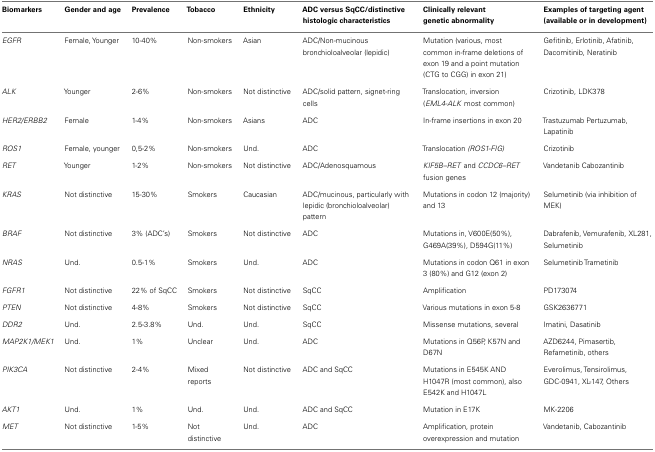
<table><thead><tr><td><b>Biomarkers</b></td><td><b>Gender and age</b></td><td><b>Prevalence</b></td><td><b>Tobacco</b></td><td><b>Ethnicity</b></td><td><b>ADC versus SqCC/distinctive histologic characteristics</b></td><td><b>Clinically relevant genetic abnormality</b></td><td><b>Examples of targeting agent (available or in development)</b></td></tr></thead><tbody><tr><td><i>EGFR</i></td><td>Female, Younger</td><td>10-40%</td><td>Non-smokers</td><td>Asian</td><td>ADC/Non-mucinous bronchioloalveolar (lepidic)</td><td>Mutation (various, most common in-frame deletions of exon 19 and a point mutation (CTG to CGG) in exon 21)</td><td>Gefitinib, Erlotinib, Afatinib, Dacomitinib, Neratinib</td></tr><tr><td><i>ALK</i></td><td>Younger</td><td>2-6%</td><td>Non-smokers</td><td>Not distinctive</td><td>ADC/solid pattern, signet-ring cells</td><td>Translocation, inversion (<i>EML4-ALK</i> most common)</td><td>Crizotinib, LDK378</td></tr><tr><td><i>HER2/ERBB2</i></td><td>Female</td><td>1-4%</td><td>Non-smokers</td><td>Asians</td><td>ADC</td><td>In-frame insertions in exon 20</td><td>Trastuzumab Pertuzumab, Lapatinib</td></tr><tr><td><i>ROS1</i></td><td>Female, younger</td><td>0,5-2%</td><td>Non-smokers</td><td>Und.</td><td>ADC</td><td>Translocation <i>(ROS1-FIG)</i></td><td>Crizotinib</td></tr><tr><td><i>RET</i></td><td>Younger</td><td>1-2%</td><td>Non-smokers</td><td>Not distinctive</td><td>ADC/Adenosquamous</td><td><i>KIF5B–RET</i> and <i>CCDC6–RET</i> fusion genes</td><td>Vandetanib Cabozantinib</td></tr><tr><td><i>KRAS</i></td><td>Not distinctive</td><td>15-30%</td><td>Smokers</td><td>Caucasian</td><td>ADC/mucinous, particularly with lepidic (bronchioloalveolar) pattern</td><td>Mutations in codon 12 (majority) and 13</td><td>Selumetinib (via inhibition of MEK)</td></tr><tr><td><i>BRAF</i></td><td>Not distinctive</td><td>3% (ADC’s)</td><td>Smokers</td><td>Not distinctive</td><td>ADC</td><td>Mutations in, V600E(50%), G469A(39%), D594G(11%)</td><td>Dabrafenib, Vemurafenib, XL281, Selumetinib</td></tr><tr><td><i>NRAS</i></td><td>Und.</td><td>0.5-1%</td><td>Smokers</td><td>Und.</td><td>ADC</td><td>Mutations in codon Q61 in exon 3 (80%) and G12 (exon 2)</td><td>Selumetinib Trametinib</td></tr><tr><td><i>FGFR1</i></td><td>Not distinctive</td><td>22% of SqCC</td><td>Smokers</td><td>Not distinctive</td><td>SqCC</td><td>Amplification</td><td>PD173074</td></tr><tr><td><i>PTEN</i></td><td>Not distinctive</td><td>4-8%</td><td>Smokers</td><td>Not distinctive</td><td>SqCC</td><td>Various mutations in exon 5-8</td><td>GSK2636771</td></tr><tr><td><i>DDR2</i></td><td>Und.</td><td>2.5-3.8%</td><td>Und.</td><td>Und.</td><td>SqCC</td><td>Missense mutations, several</td><td>Imatini, Dasatinib</td></tr><tr><td><i>MAP2K1/MEK1</i></td><td>Und.</td><td>1%</td><td>Unclear</td><td>Und.</td><td>ADC</td><td>Mutations in Q56P, K57N and D67N</td><td>AZD6244, Pimasertib, Refametinib, others</td></tr><tr><td><i>PIK3CA</i></td><td>Not distinctive</td><td>2-4%</td><td>Mixed reports</td><td>Not distinctive</td><td>ADC and SqCC</td><td>Mutations in E545K AND H1047R (most common), also E542K and H1047L</td><td>Everolimus, Tensirolimus, GDC-0941, XL-147, Others</td></tr><tr><td><i>AKT1</i></td><td>Und.</td><td>1%</td><td>Und.</td><td>Und.</td><td>ADC and SqCC</td><td>Mutation in E17K</td><td>MK-2206</td></tr><tr><td><i>MET</i></td><td>Not distinctive</td><td>1-5%</td><td>Not distinctive</td><td>Und.</td><td>ADC</td><td>Amplification, protein overexpression and mutation</td><td>Vandetanib, Cabozantinib</td></tr></tbody></table>